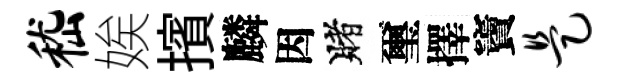
嵇娭擯麟因賭璽擇竇是